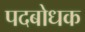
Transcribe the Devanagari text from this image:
पदबोधक